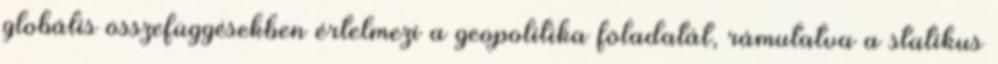
globális összefüggésekben értelmezi a geopolitika föladatát, rámutatva a statikus